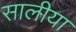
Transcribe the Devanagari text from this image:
सालीया